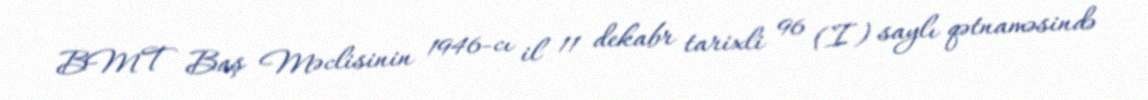
BMT Baş Məclisinin 1946-cı il 11 dekabr tarixli 96 (I) saylı qətnaməsində